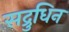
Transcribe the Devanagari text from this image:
सद्रुधिन